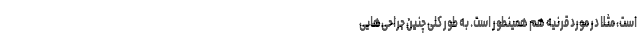
است، مثلا در مورد قرنیه هم همینطور است. به طور کلی چنین جراحی‌هایی